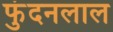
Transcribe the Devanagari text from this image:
फुंदनलाल